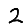
Digit: 2